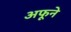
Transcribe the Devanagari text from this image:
अफूने